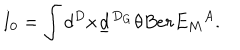
LaTeX: I _ { 0 } = \int d ^ { D } x \underline { { { d } } } ^ { D _ { G } } \theta B e r { E _ { M } } ^ { A } .